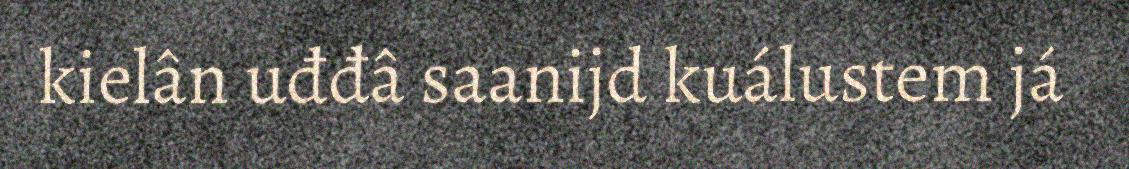
kielân uđđâ saanijd kuálustem já